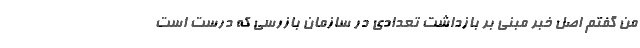
من گفتم اصل خبر مبنی بر بازداشت تعدادی در سازمان بازرسی که درست است